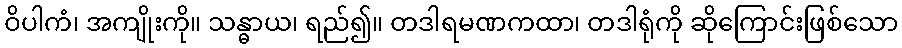
ဝိပါကံ၊ အကျိုးကို။ သန္ဓာယ၊ ရည်၍။ တဒါရမဏကထာ၊ တဒါရုံကို ဆိုကြောင်းဖြစ်သော